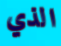
الذي